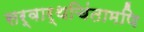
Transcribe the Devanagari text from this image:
सर्वार्थचिंतामणि